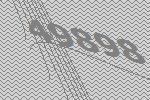
49898